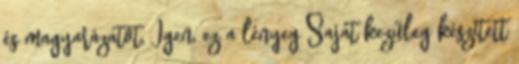
és magyarázatot. Igen, ez a lényeg Saját kezűleg készített